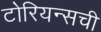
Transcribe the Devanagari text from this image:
टोरियन्सची